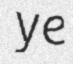
ye